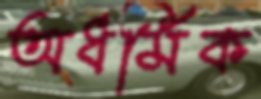
অধর্মিক